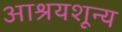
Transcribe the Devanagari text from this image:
आश्रयशून्य